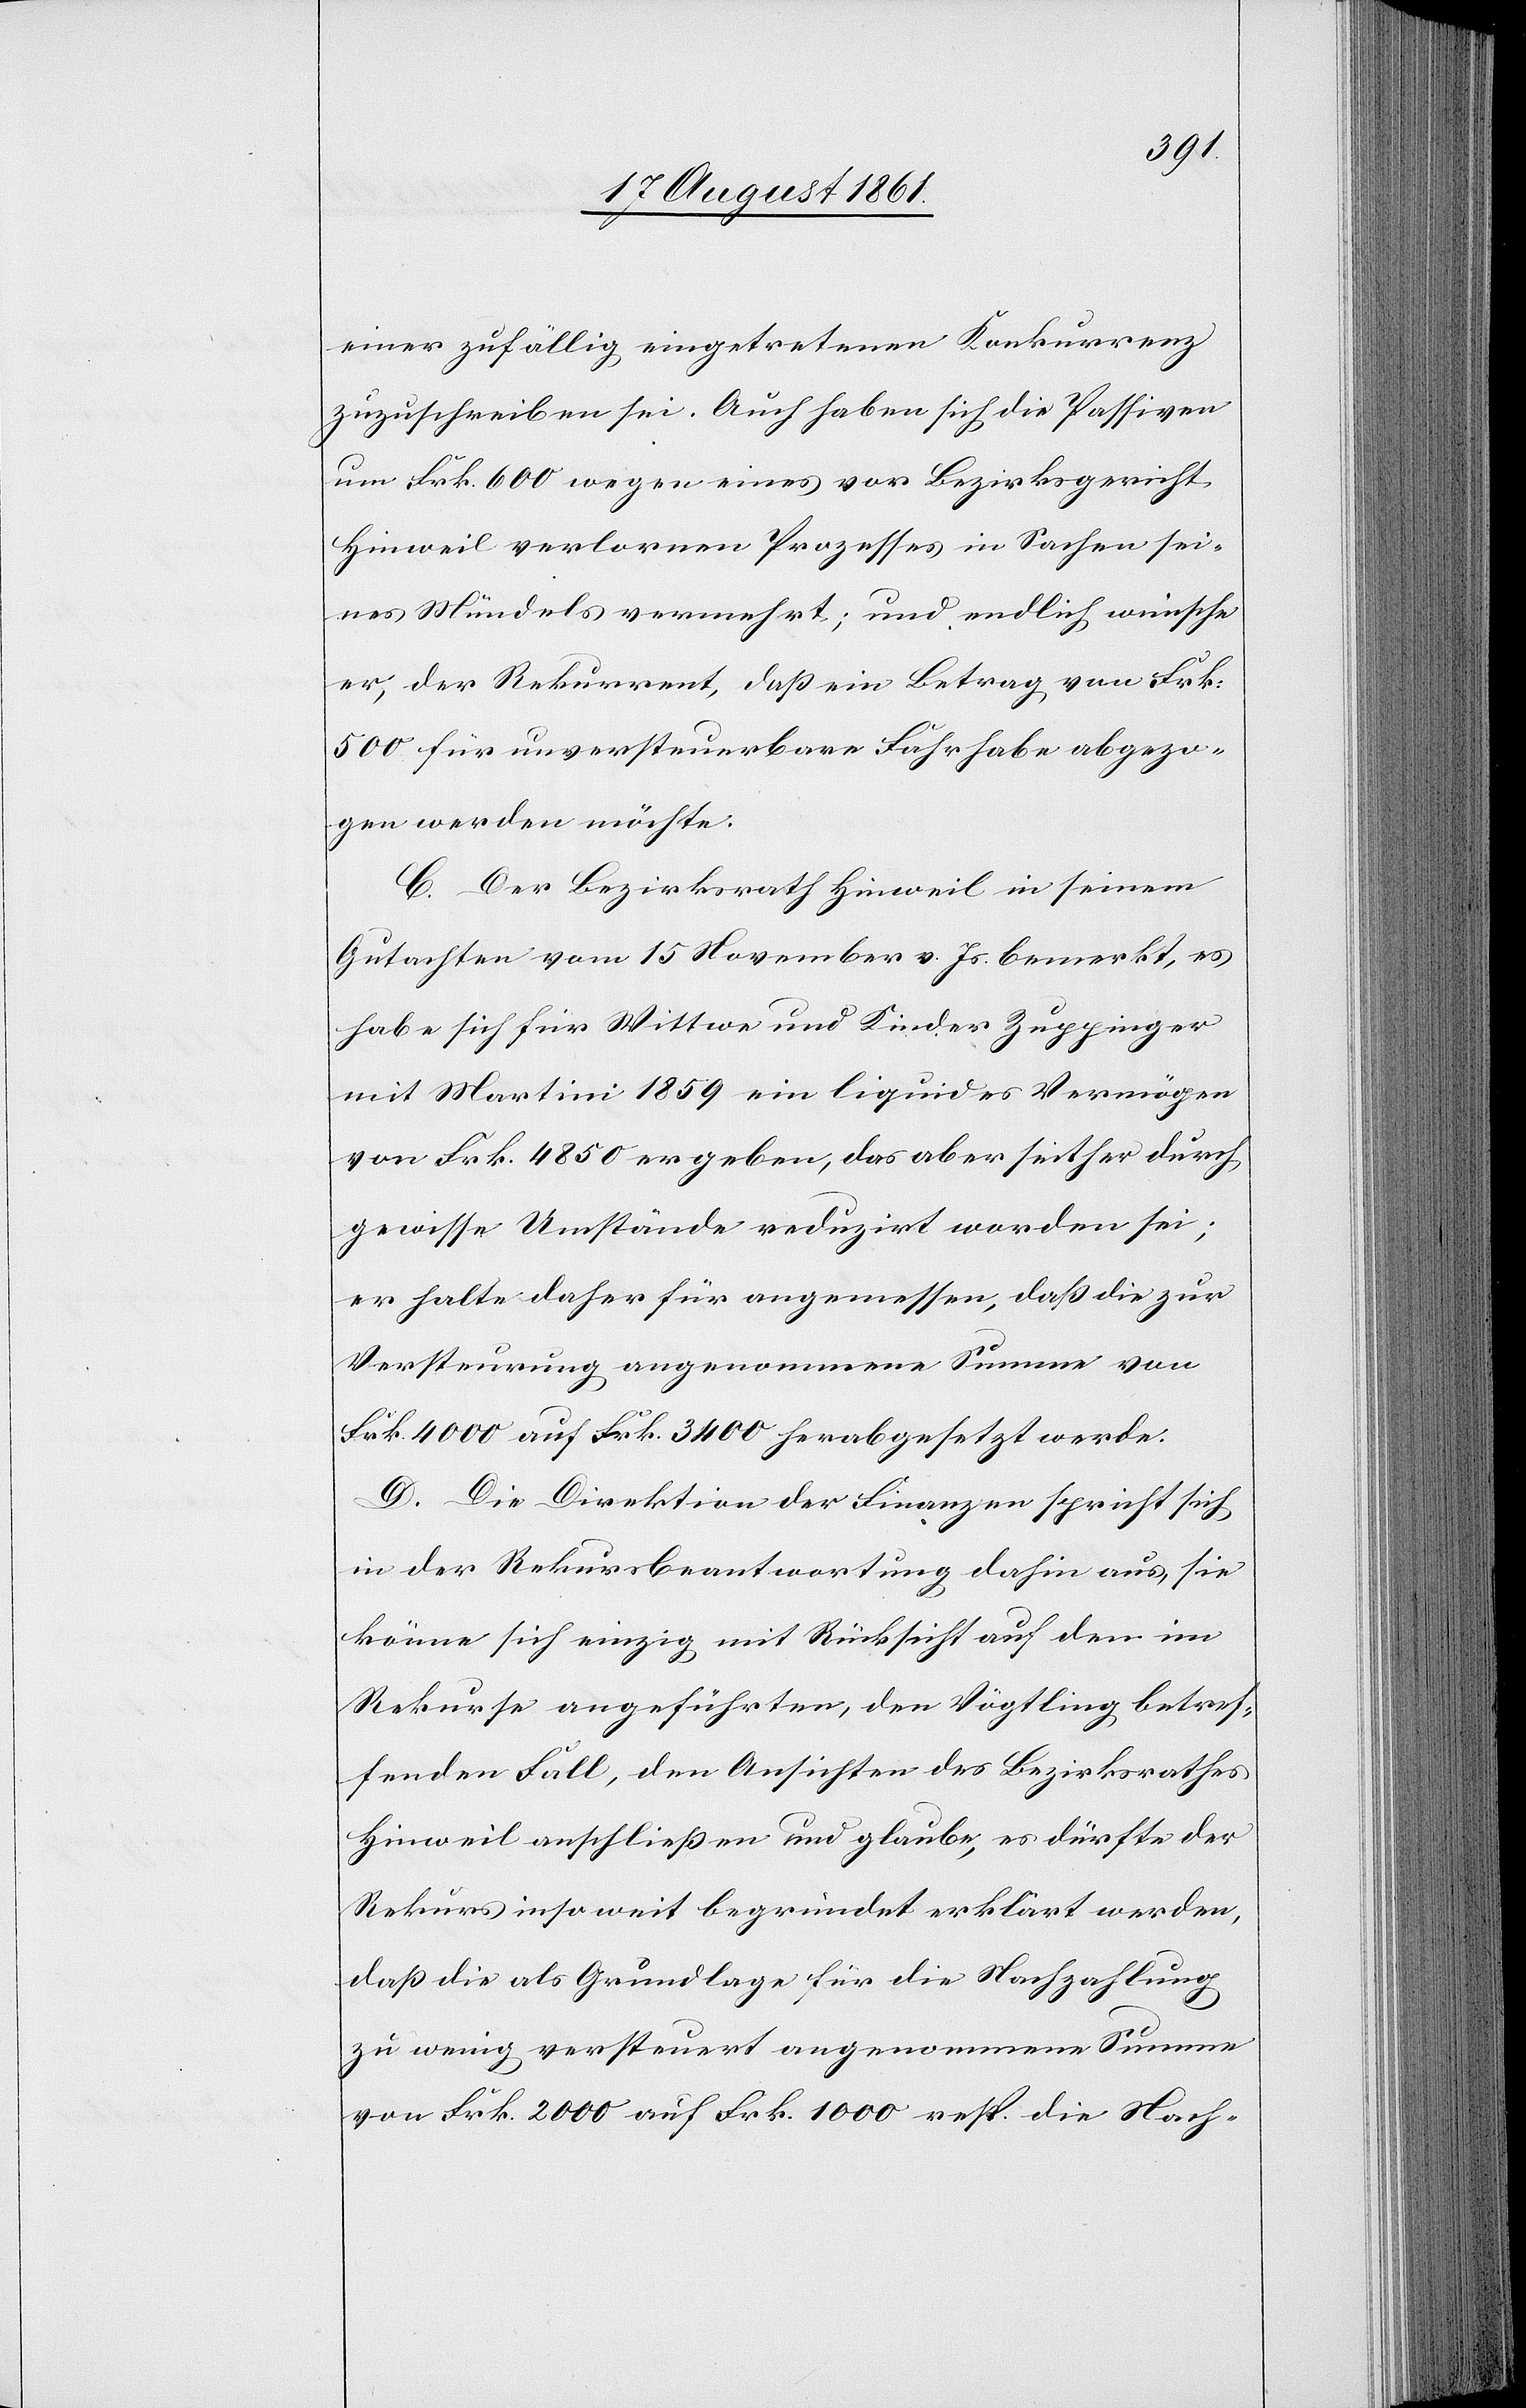
einer zufällig eingetretenen Konkurrenz
zuzuschreiben sei. Auch haben sich die Passiven
um Frk. 600 wegen eines vor Bezirksgericht
Hinweil verlorenen Prozesses in Sachen sei¬
nes Mündels vermehrt; und endlich wünscht
er, der Rekurrent, daß ein Betrag von Frk.
500 für unversteuerbare Fahrhabe abgezo¬
gen werden möchte.
C. Der Bezirksrath Hinweil in seinem
Gutachten vom 15 November v. Js. bemerkt, es
habe sich für Wittwe und Kinder Zuppinger
mit Martini 1859 ein liquides Vermögen
von Frk. 4850 ergeben, das aber seither durch
gewisse Umstände reduzirt worden sei;
er halte daher für angemessen, daß die zur
Versteurung angenommene Summe vom
Frk. 4000 auf Frk. 3400 herabgesetzt werde.
D. Die Direktion der Finanzen spricht sich
in der Rekursbeantwortung dahin aus, sie
könne sich einzig mit Rücksicht auf den im
Rekurse angeführten, den Vögtling betref¬
fenden Fall, den Ansichten des Bezirksrathes
Hinweil anschließen und glaube, es dürfte der
Rekurs insoweit begründet erklärt werden,
daß die als Grundlage für die Nachzahlung
zu wenig versteuert angenommene Summe
von Frk. 2000 auf Frk. 1000 resp. die Nach-